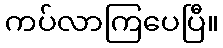
ကပ်လာကြပေပြီ။